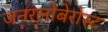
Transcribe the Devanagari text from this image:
जनरलोबेरोस्ट